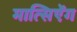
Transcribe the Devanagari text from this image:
मात्सिऐंग